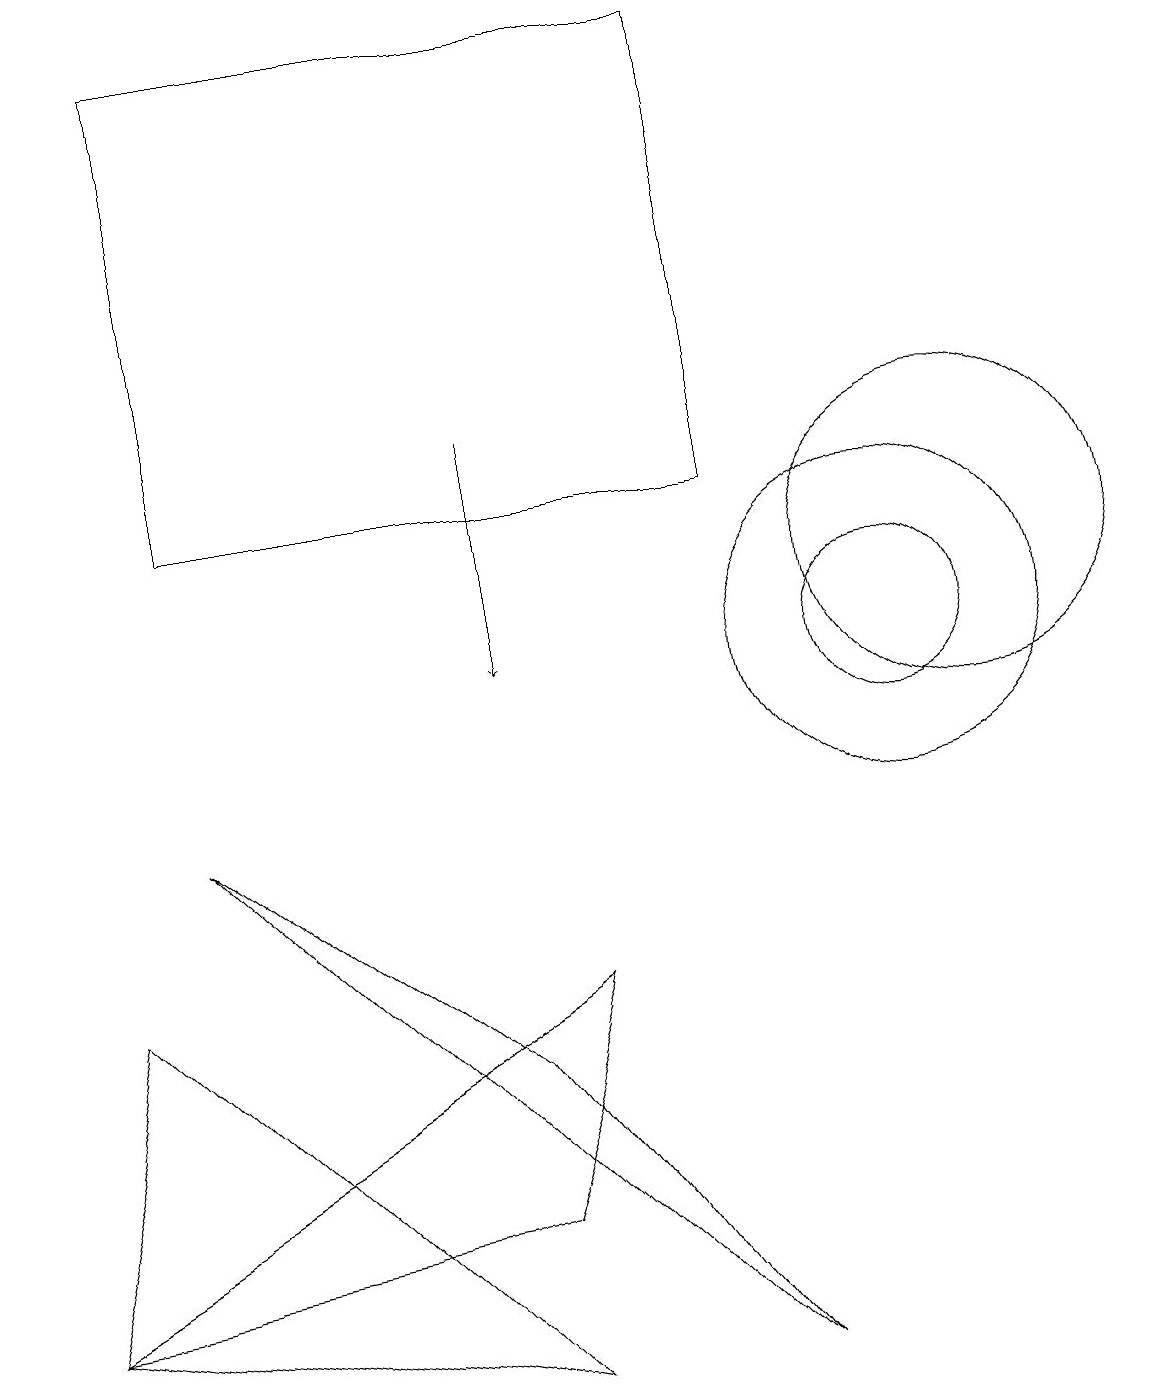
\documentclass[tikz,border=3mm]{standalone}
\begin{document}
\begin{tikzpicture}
\draw (2,8) -- (6,5) -- (9,1) -- cycle;
\draw (11,10) circle (1);
\draw (12,11) circle (2);
\draw[->] (6,13) -- (6,10);
\draw (11,10) circle (2);
\draw (0,2) -- (1,6) -- (6,1) -- cycle;
\draw (9,12) rectangle (2,18);
\draw (0,2) -- (7,6) -- (6,3) -- cycle;
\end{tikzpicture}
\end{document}